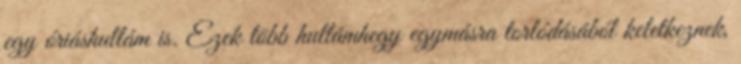
egy óriáshullám is. Ezek több hullámhegy egymásra torlódásából keletkeznek,